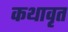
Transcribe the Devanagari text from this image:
कथावृत